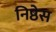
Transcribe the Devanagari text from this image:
निष्ठेस